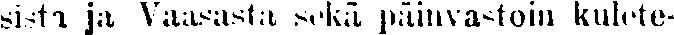
sista ja Vaasasta sekä päinvastoin kulete-